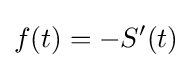
f(t)=-S'(t)